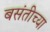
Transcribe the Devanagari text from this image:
बसंतीच्या